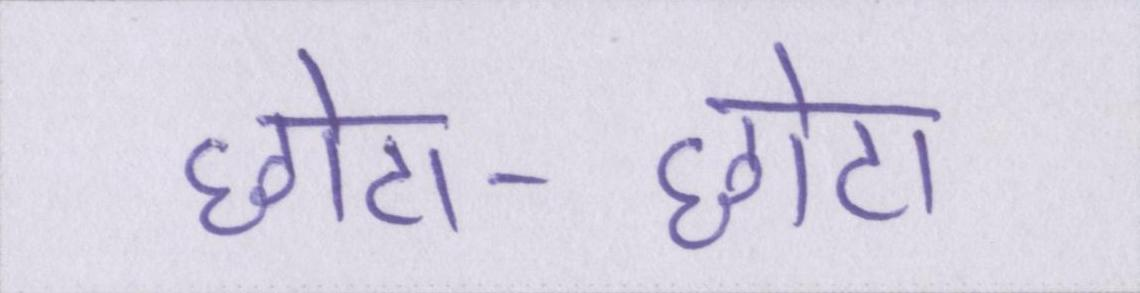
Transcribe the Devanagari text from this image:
छोटा-छोटा